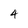
Character: 4